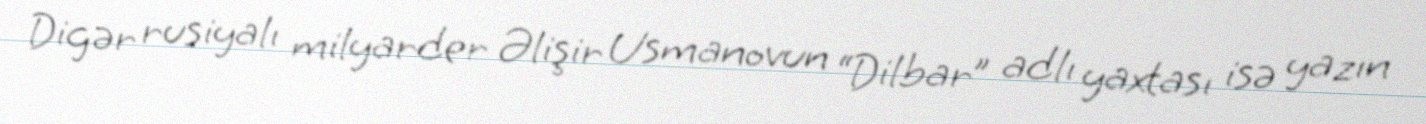
Digər rusiyalı milyarder Əlişir Usmanovun “Dilbar” adlı yaxtası isə yazın